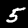
Label: 5